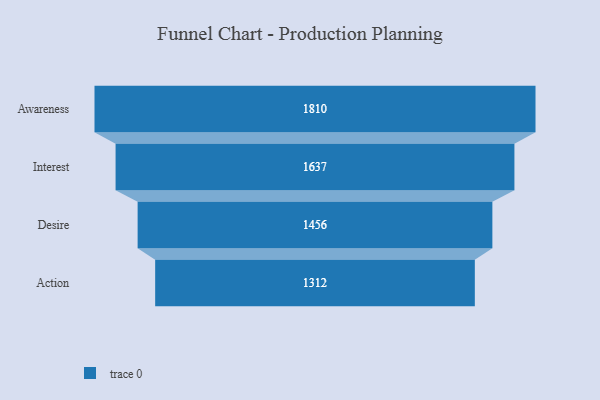
{"axis": {"x": "Stage", "y": "Value"}, "legend": [""], "data": [{"x": "Awareness", "y": 1810.0, "type": ""}, {"x": "Interest", "y": 1637.0, "type": ""}, {"x": "Desire", "y": 1456.0, "type": ""}, {"x": "Action", "y": 1312.0, "type": ""}]}